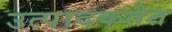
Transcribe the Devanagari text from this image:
उत्पादकतेत